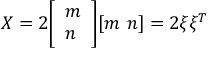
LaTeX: X = 2 { \left[ \begin{array} { l } { m } \\ { n } \end{array} \right] } [ m \ n ] = 2 \xi \xi ^ { T }